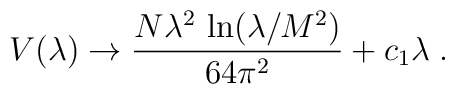
V(\lambda)\rightarrow\frac{N\lambda^2\,\ln(\lambda/M^2)}{64\pi^2}+c_1\lambda\;.